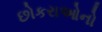
છોકરાઓનો